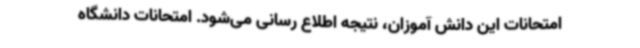
امتحانات این دانش آموزان، نتیجه اطلاع رسانی می‌شود. امتحانات دانشگاه